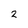
Character: 2